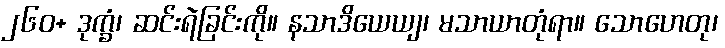
၂၆၀+ ဒုက္ခံ၊ ဆင်းရဲခြင်းကို။ နသာဒိယေယျ၊ မသာယာတုံရာ။ သောဟေတု၊